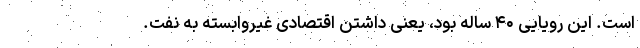
است. این رویایی ۴۰ ساله بود، یعنی داشتن اقتصادی غیروابسته به نفت.